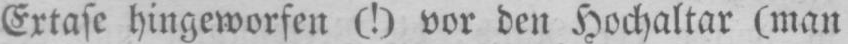
Extase hingeworfen (!) vor den Hochaltar (man